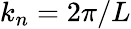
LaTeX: k_{n}=2\pi/L